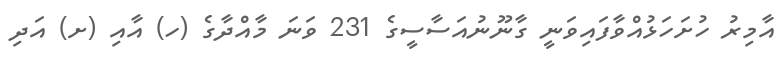
އާމިރު ހުށަހަޅުއްވާފައިވަނީ ގާނޫނުއަސާސީގެ 231 ވަނަ މާއްދާގެ (ހ) އާއި (ށ) އަދި